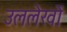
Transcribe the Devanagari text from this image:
उललेखों